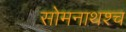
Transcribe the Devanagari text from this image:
सोमनाथश्च